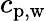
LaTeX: c_{\mathrm{p,w}}